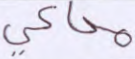
محاكى